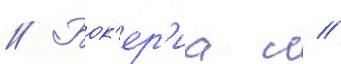
// Бок'ер'иа л //